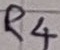
Text: R4